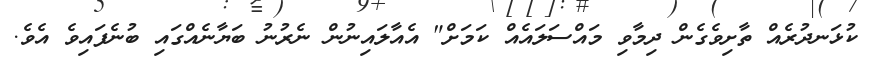
ކުޅަނދުރެއް ތާށިވެގެން ދިމާވި މައްސަލައެއް ކަމަށް" އެއާލައިނުން ނެރުނު ބަޔާނެއްގައި ބުނެފައިވެ އެވެ.